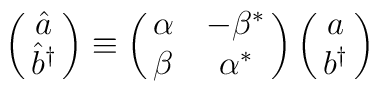
\pmatrix{{\hat a} \cr {\hat b}^\dagger} \equiv\pmatrix{\alpha & -  \beta^* \cr \beta & \alpha^*}\pmatrix{a \cr  b^\dagger}